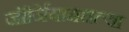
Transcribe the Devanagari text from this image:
जॉर्जियामधल्या